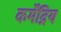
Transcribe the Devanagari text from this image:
कर्मेंद्रिय